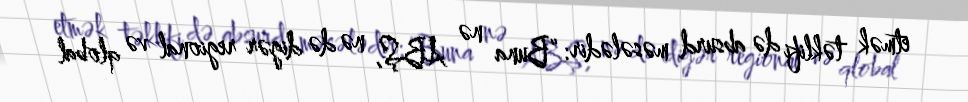
etmək təklifi də absurd məsələdir: “Buna nə ABŞ, nə də digər regional və qlobal